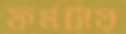
ফর্মটায়